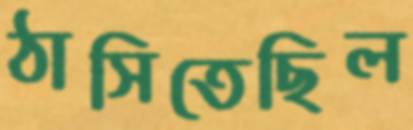
ঠাসিতেছিল